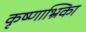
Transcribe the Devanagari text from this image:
कृष्णाभ्रिका